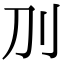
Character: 𠚥